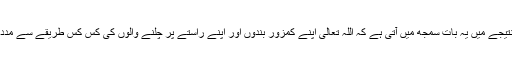
اسی کے نتیجے میں یہ بات سمجھ میں آتی ہے کہ اللہ تعالیٰ اپنے کمزور بندوں اور اپنے راستے پر چلنے والوں کی کس کس طریقے سے مدد کرتا ہے۔